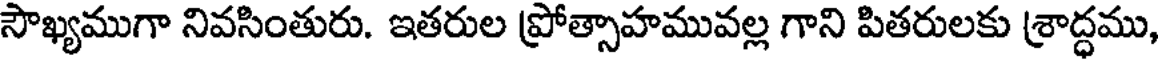
సౌఖ్యముగా నివసింతురు. ఇతరుల ప్రోత్సాహమువల్ల గాని పితరులకు శ్రాద్ధము,